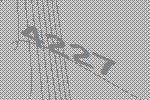
4227